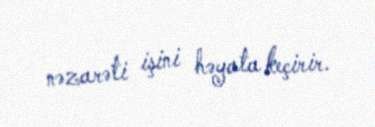
nəzarəti işini həyata keçirir.